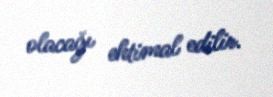
olacağı ehtimal edilir.